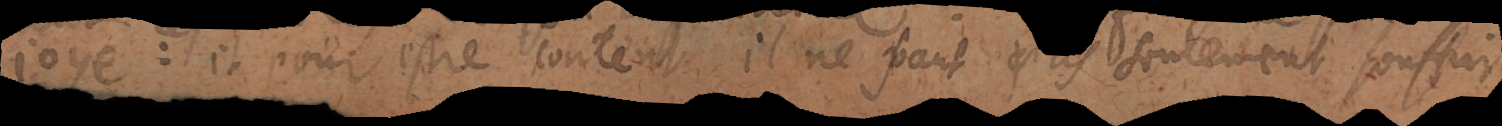
joye: et pour estre content, il ne faut pas seulement souffrir,